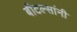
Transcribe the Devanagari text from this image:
बीटल्सांनी